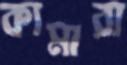
কামারা